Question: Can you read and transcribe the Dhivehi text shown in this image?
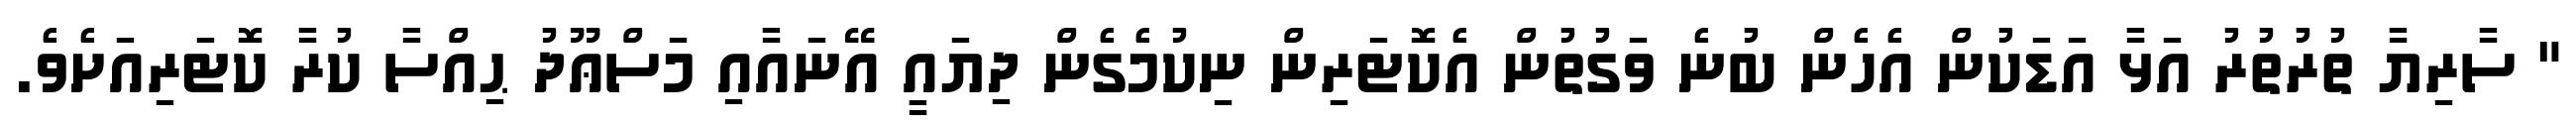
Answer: " ސާރިޔާ ތުރުތުރު އަޅާ އަޑަކުން އެހެން ބުނެ ވަގުތުން އެކޮޓަރިން ނިކުމެގެން ދިޔައީ އޭނައާއި މަސްޢޫދު ޙިއްސާ ކުރާ ކޮޓަރިއަށެވެ.